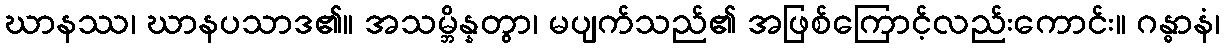
ဃာနဿ၊ ဃာနပသာဒ၏။ အသမ္ဘိန္နတွာ၊ မပျက်သည်၏ အဖြစ်ကြောင့်လည်းကောင်း။ ဂန္ဓာနံ၊